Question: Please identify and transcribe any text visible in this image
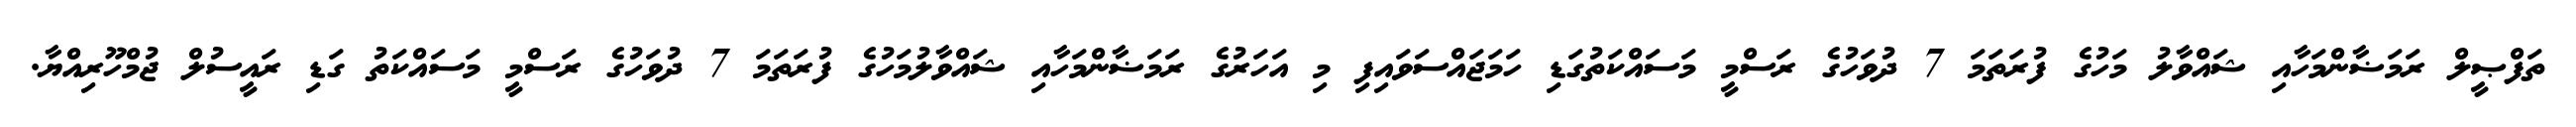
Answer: ތަފްޞީލް ރަމަޟާންމަހާއި ޝައްވާލު މަހުގެ ފުރަތަމަ 7 ދުވަހުގެ ރަސްމީ މަސައްކަތުގަޑި ހަމަޖައްސަވައިފި މި އަހަރުގެ ރަމަޟާންމަހާއި ޝައްވާލުމަހުގެ ފުރަތަމަ 7 ދުވަހުގެ ރަސްމީ މަސައްކަތު ގަޑި ރައީސުލް ޖުމްހޫރިއްޔާ.